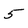
Character: 5